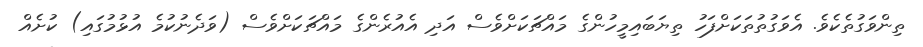
ތިންވަގުތެކެވެ. އެވަގުތުތަކަށްފަހު ތިޔަބައިމީހުންގެ މައްޗަކަށްވެސް އަދި އެއުރެންގެ މައްޗަކަށްވެސް (ވަދެނުކުމެ އުޅުމުގައި) ކުށެއް